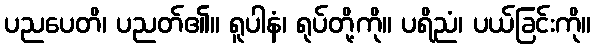
ပညပေတိ၊ ပညတ်၏။ ရူပါနံ၊ ရုပ်တို့ကို။ ပရိညံ၊ ပယ်ခြင်းကို။